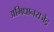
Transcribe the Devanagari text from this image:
अभिधानराजेंद्र